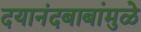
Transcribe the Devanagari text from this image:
दयानंदबाबांमुळे